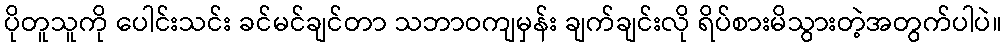
ပိုတူသူကို ပေါင်းသင်း ခင်မင်ချင်တာ သဘာဝကျမှန်း ချက်ချင်းလို ရိပ်စားမိသွားတဲ့အတွက်ပါပဲ။